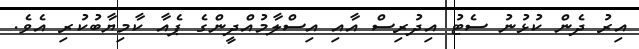
އިރު ދެން ކުޅުނު ސެޓު އިދުރިސް އާއި އިސްލާމުއްދީންގެ ޕެއާ ކާމިޔާބުކުރި އެވެ.